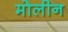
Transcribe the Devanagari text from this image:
मोलीन